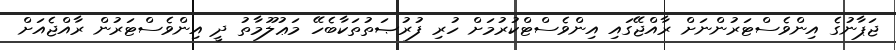
ޖަޕާނުގެ އިންވެސްޓަރުންނަށް ރާއްޖޭގައި އިންވެސްޓްކުރުމަށް ހުރި ފުރުޞަތުތަކާބެހޭ މަޢުލޫމާތު ދީ އިންވެސްޓަރުން ރާއްޖެއަށް